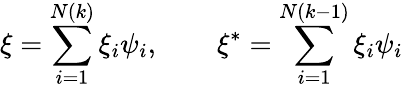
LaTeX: \xi=\sum_{i=1}^{N(k)}\xi_{i}\psi_{i},\qquad\xi^{*}=\sum_{i=1}^{N(k-1)}\xi_{i}\psi_{i}